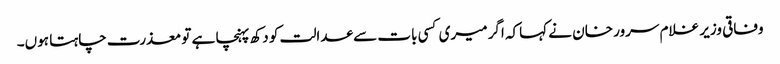
وفاقی وزیر غلام سرور خان نے کہاکہ اگر میری کسی بات سے عدالت کو دکھ پہنچا ہے تو معذرت چاہتا ہوں۔